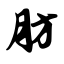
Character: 肪